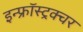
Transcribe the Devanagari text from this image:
इन्फ्रॉस्ट्रक्चर